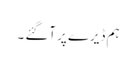
ہم ڈیرے پر آگئے ۔